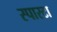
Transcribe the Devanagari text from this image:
स्पारटा